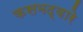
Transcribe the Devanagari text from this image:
कसमद्वारे